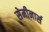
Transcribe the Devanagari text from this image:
सेमीनार्स